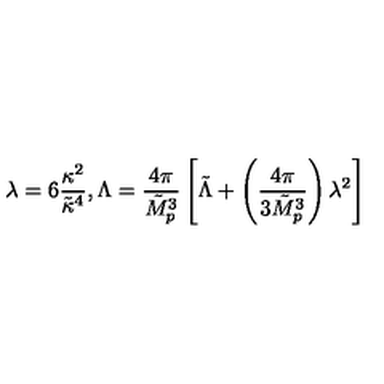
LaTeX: \lambda = 6 \frac { \kappa ^ { 2 } } { \tilde { \kappa } ^ { 4 } } , \Lambda = \frac { 4 \pi } { \tilde { M } _ { p } ^ { 3 } } \left[ \tilde { \Lambda } + \left( \frac { 4 \pi } { 3 \tilde { M } _ { p } ^ { 3 } } \right) \lambda ^ { 2 } \right]